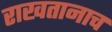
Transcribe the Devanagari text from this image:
राखतानाच